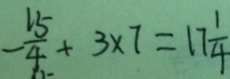
- \frac { 1 5 } { 4 } + 3 \times 7 = 1 7 \frac { 1 } { 4 }